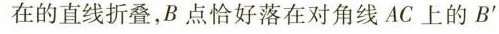
在的直线折叠，B点恰好落在对角线AC上的B‘